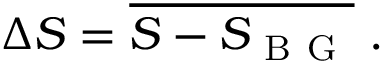
\begin{array} { r } { \Delta S = \overline { { S - S _ { \mathrm { ~ B ~ G ~ } } } } \phantom { . } . } \end{array}